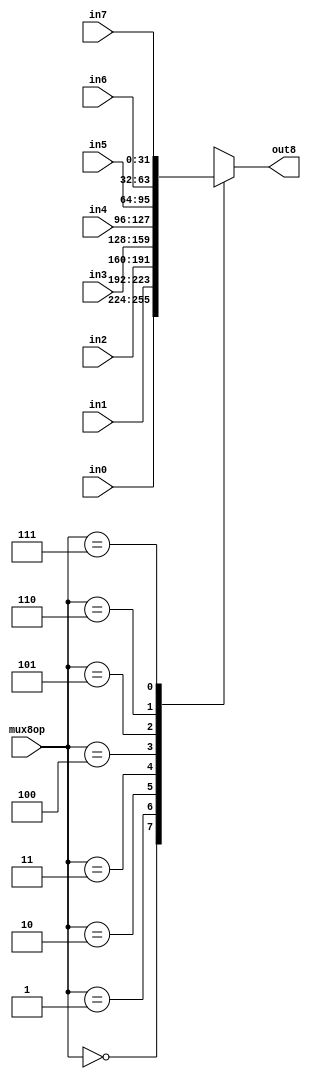
`timescale 1ns / 1ps
//////////////////////////////////////////////////////////////////////////////////
// Company: 
// Engineer: 
// 
// Design Name: 
// Module Name:    MUX 
// Project Name: 
// Target Devices: 
// Tool versions: 
// Description: 
//
// Dependencies: 
//
// Revision: 
// Revision 0.01 - File Created
// Additional Comments: 
//
//////////////////////////////////////////////////////////////////////////////////

module MUX8(in0,in1,in2,in3,in4,in5,in6,in7,out8,mux8op
    );
	 parameter width=32;
	 input [width-1:0] in0;
    input [width-1:0] in1;
    input [width-1:0] in2;
    input [width-1:0] in3;
	 input [width-1:0] in4;
	 input [width-1:0] in5;
	 input [width-1:0] in6;
	 input [width-1:0] in7;
    output reg [width-1:0] out8;
    input [2:0] mux8op;
always@(*)begin
	case(mux8op)
			0:out8=in0;
			1:out8=in1;
			2:out8=in2;
			3:out8=in3;
			4:out8=in4;
			5:out8=in5;
			6:out8=in6;
			7:out8=in7;
	endcase
end
endmodule

module MUX2(in0,in1,out2,mux2op);
	 parameter width=32;
	 input [width-1:0] in0;
    input [width-1:0] in1;
    output reg [width-1:0] out2;
    input mux2op;
    always@(*)begin
		case(mux2op)
			0:out2=in0;
			1:out2=in1;
		endcase
	 end
endmodule

module MUX4(in0,in1,in2,in3,out4,mux4op);
	 parameter width=32;
	 input [width-1:0] in0;
    input [width-1:0] in1;
    input [width-1:0] in2;
    input [width-1:0] in3;
	 output reg [width-1:0] out4;
    input [1:0] mux4op;
always@(*)begin
	case(mux4op)
			0:out4=in0;
			1:out4=in1;
			2:out4=in2;
			3:out4=in3;
	endcase
end
endmodule